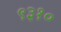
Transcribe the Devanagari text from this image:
९३१०